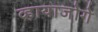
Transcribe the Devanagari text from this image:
व्हायाजोगे